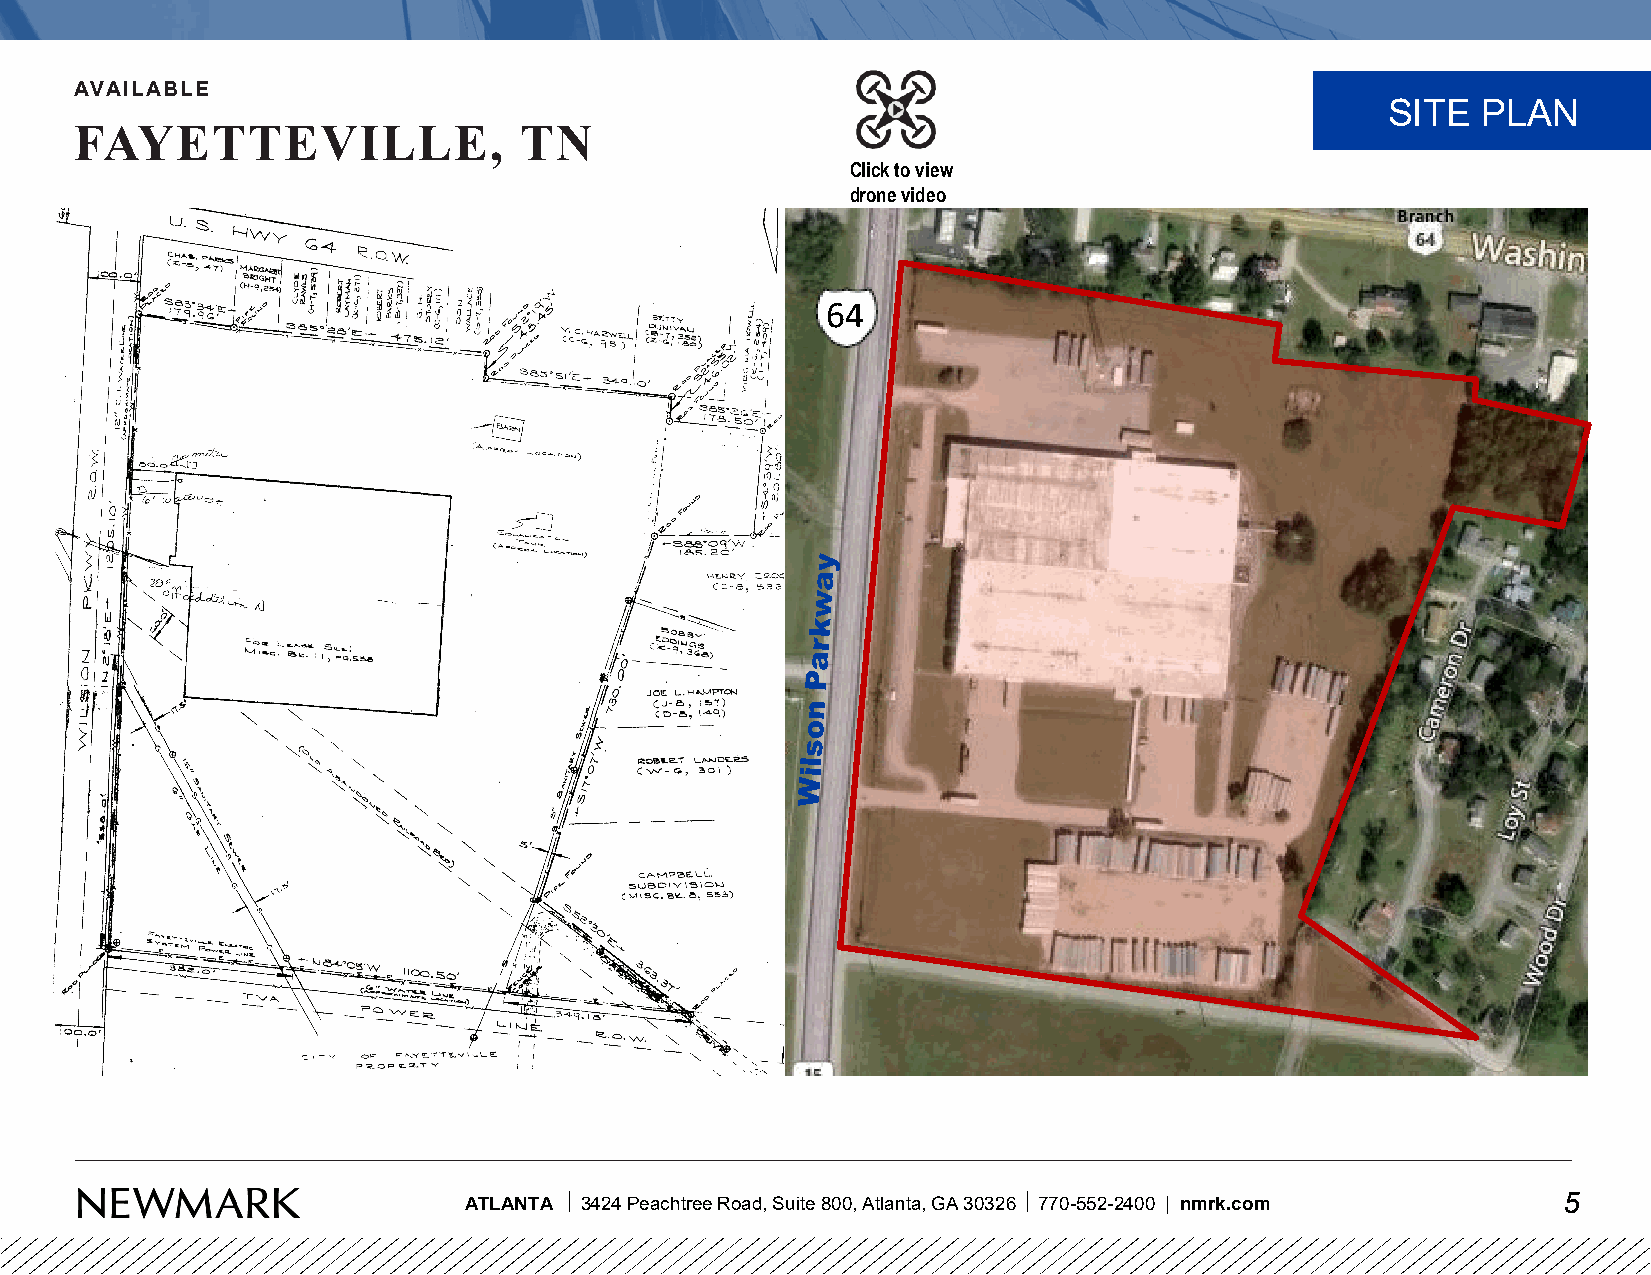
AVAILABLE
 SITE  PLAN
 FAYETTEVILLE,                TN
 Click to view
 drone video
 64
 ATLANTA 3424 Peachtree Road, Suite 800, Atlanta, GA 30326 770-552-2400 | nmrk.com 5